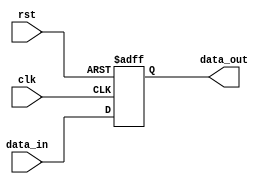
module bypass_register (
  input wire clk,
  input wire rst,
  input wire [31:0] data_in,
  output wire [31:0] data_out
);

reg [31:0] register;

// Timing control and synchronization logic
always @(posedge clk or posedge rst)
begin
  if (rst) begin
    register <= 32'b0;
  end else begin
    register <= data_in;
  end
end

assign data_out = register;

endmodule